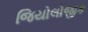
જિયોલોજીક